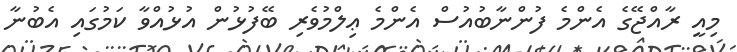
މިއީ ރާއްޖޭގެ އެންމެ ފުންނާބުއުސް އެންމެ ޢިލްމުވެރި ބޭފުޅުން އުޅުއްވާ ކަމުގައި އެބުނާ